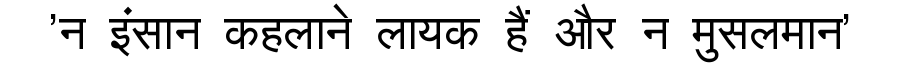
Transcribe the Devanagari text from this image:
'न इंसान कहलाने लायक हैं और न मुसलमान'